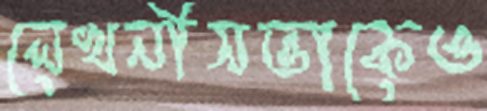
লেখনীসত্তাকেও